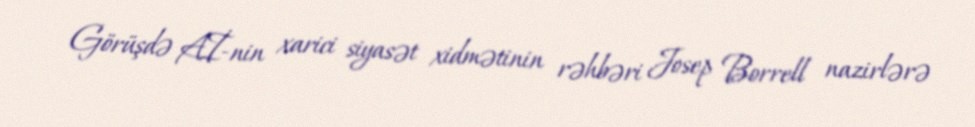
Görüşdə Aİ-nin xarici siyasət xidmətinin rəhbəri Josep Borrell nazirlərə